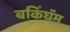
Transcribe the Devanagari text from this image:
बकिंघॅम